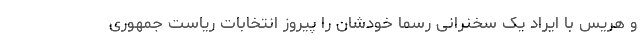
و هریس با ایراد یک سخنرانی رسما خودشان را پیروز انتخابات ریاست جمهوری